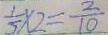
\frac { 1 } { 5 } \times 2 = \frac { 2 } { 1 0 }